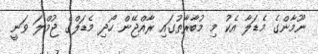
ނޫމާންގެ މެޑަލާ އެކު މި މުބާރާތުގައި ރާއްޖޭން ހޯދި މެޑަލްގެ ޖުމްލަ ވަނީ